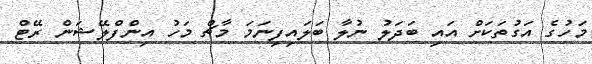
މަހުގެ އަގުތަކަށް އައި ބަދަލު ނުލާ ބަލައިފިނަމަ މާޗް މަހު އިންފްލޭޝަން ރޭޓް